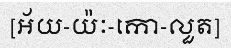
[អ័យ-យ៉ៈ-កោ-លួត]